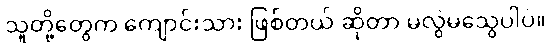
သူတို့တွေက ကျောင်းသား ဖြစ်တယ် ဆိုတာ မလွဲမသွေပါပဲ။